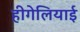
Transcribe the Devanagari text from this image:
हीगेलियाई